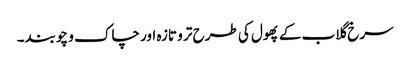
سرخ گلاب کے پھول کی طرح تر و تازہ اور چاک و چوبند۔